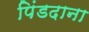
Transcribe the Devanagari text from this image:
पिंडदाना